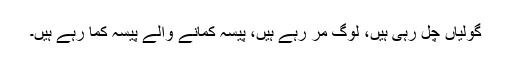
گولیاں چل رہی ہیں، لوگ مر رہے ہیں، پیسہ کمانے والے پیسہ کما رہے ہیں۔